Plague in India, 1896, 1897 - Volume 3
Year: 1896
Disease focus: Plague
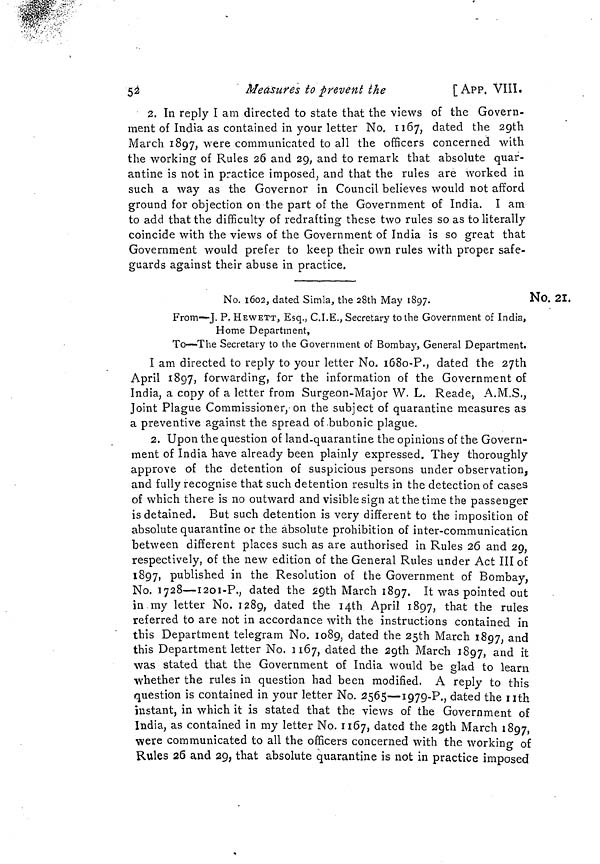
5á
Measures to prevent the
[ APP. VIII.
2. In reply I am directed to state that the views of the Govern-
ment of India as contained in your letter No. 1167, dated the 29th
March 1897, were communicated to all the officers concerned with
the working of Rules 26 and 29, and to remark that absolute quar-
antine is not in practice imposed, and that the rules are worked in
such a way as the Governor in Council believes would not afford
ground for objection on the part of the Government of India. I am
to add that the difficulty of redrafting these two rules so as to literally
coincide with the views of the Government of India is so great that
Government would prefer to keep their own rules with proper safe-
guards against their abuse in practice.
No. 21.
No. 1602, dated Simla, the 28th May 1897.
N
From—J. P. HEWETT, Esq., C.I.E., Secretary to the Government of India,
Home Department,
To—The Secretary to the Government of Bombay, General Department.
I am directed to reply to your letter No. 168o-P., dated the 27th
April 1897, forwarding, for the information of the Government of
India, a copy of a letter from Surgeon-Major W. L. Reade, A.M.S.,
Joint Plague Commissioner, on the subject of quarantine measures as
a preventive against the spread of bubonic plague.
2. Upon the question of land-quarantine the opinions of the Govern-
ment of India have already been plainly expressed. They thoroughly
approve of the detention of suspicious persons under observation,
and fully recognise that such detention results in the detection of cases
of which there is no outward and visible sign at the time the passenger
is detained. But such detention is very different to the imposition of
absolute quarantine or the absolute prohibition of inter-communication
between different places such as are authorised in Rules 26 and 29,
respectively, of the new edition of the General Rules under Act III of
1897, published in the Resolution of the Government of Bombay,
No. 1728—1201-P., dated the 29th March 1897. It was pointed out
in my letter No. 1289, dated the 14th April 1897, that the rules
referred to are not in accordance with the instructions contained in
this Department telegram No. 1089, dated the 25th March 1897, and
this Department letter No. 1167, dated the 29th March 1897, an d it
was stated that the Government of India would be glad to learn
whether the rules in question had been modified. A reply to this
question is contained in your letter No. 2565—1979-P., dated the nth
instant, in which it is stated that the views of the Government of
India, as contained in my letter No. 1167, dated the 29th March 1897,
were communicated to all the officers concerned with the working of
Rules 26 and 29, that absolute quarantine is not in practice imposed